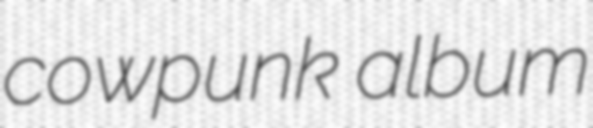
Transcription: cowpunk album